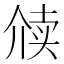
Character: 𬿋